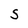
Character: S